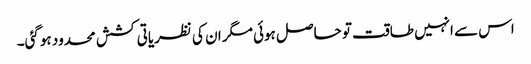
اس سے انہیں طاقت تو حاصل ہوئی مگر ان کی نظریاتی کشش محدود ہوگئی۔